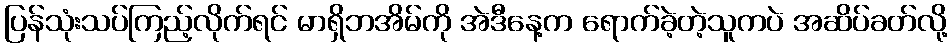
ပြန်သုံးသပ်ကြည့်လိုက်ရင် မာရှိဘအိမ်ကို အဲဒီနေ့က ရောက်ခဲ့တဲ့သူကပဲ အဆိပ်ခတ်လို့